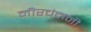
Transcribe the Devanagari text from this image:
मीरचंदानी